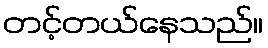
တင့်တယ်နေသည်။